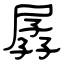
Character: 孱